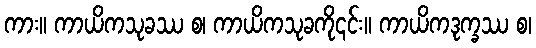
ကား။ ကာယိကသုခဿ စ၊ ကာယိကသုခကို၎င်း။ ကာယိကဒုက္ခဿ စ၊